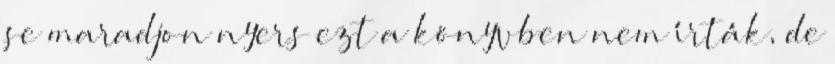
se maradjon nyers ezt a könyvben nem írták, de